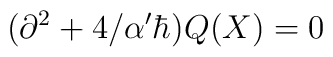
(\partial^2 + 4/\alpha'\hbar)Q(X)=0